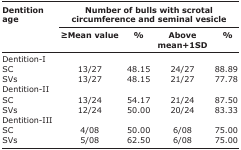
<table><thead><tr><td rowspan="3"><b>Dentition age</b></td><td colspan="4"><b>Number of bulls with scrotal circumference and seminal vesicle</b></td></tr><tr><td><b>≥Mean value</b></td><td><b>%</b></td><td><b>Above mean+1SD</b></td><td><b>%</b></td></tr></thead><tbody><tr><td>Dentition-I</td><td></td><td></td><td></td><td></td></tr><tr><td>SC</td><td>13/27</td><td>48.15</td><td>24/27</td><td>88.89</td></tr><tr><td>SVs</td><td>13/27</td><td>48.15</td><td>21/27</td><td>77.78</td></tr><tr><td>Dentition-II</td><td></td><td></td><td></td><td></td></tr><tr><td>SC</td><td>13/24</td><td>54.17</td><td>21/24</td><td>87.50</td></tr><tr><td>SVs</td><td>12/24</td><td>50.00</td><td>20/24</td><td>83.33</td></tr><tr><td>Dentition-III</td><td></td><td></td><td></td><td></td></tr><tr><td>SC</td><td>4/08</td><td>50.00</td><td>6/08</td><td>75.00</td></tr><tr><td>SVs</td><td>5/08</td><td>62.50</td><td>6/08</td><td>75.00</td></tr></tbody></table>